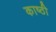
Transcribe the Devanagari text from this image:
काष्ठी